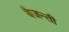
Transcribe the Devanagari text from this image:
बैजन्ती